Dysentery in Hazaribagh Central Jail - Number 52
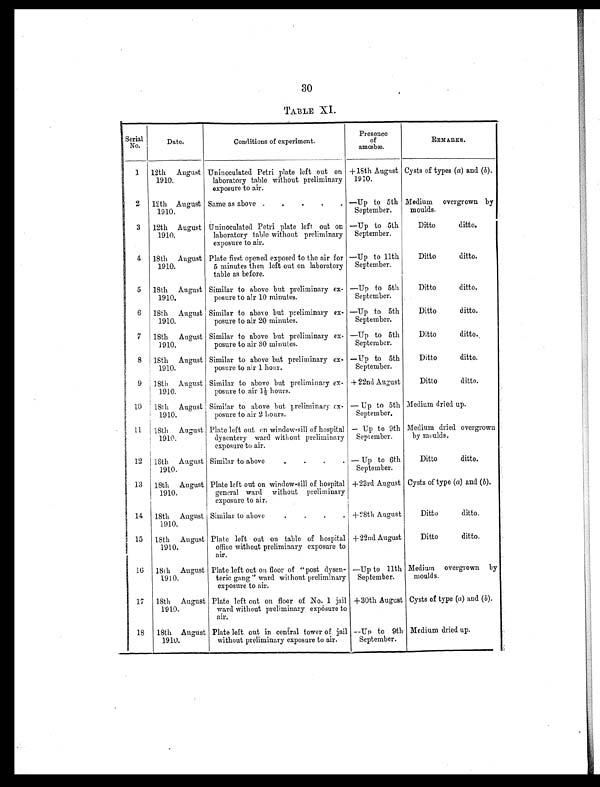
30
TABLE XI.
Serial
No.
Date.
Conditions of experiment.
Presence
of
amœbæ.
REMARKS.
1
12th August
1910.
Uninoculated Petri plate left out on
laboratory table without preliminary
exposure to air.
+18th August
1910.
Cysts of types (a) and ( b).
2
12th August
1910.
Same as above
. .
.
.
. —Up to 5th
September.
Medium overgrown by
moulds.
3
12th August
1910.
Uninoculated Petri plate left out on
laboratory table without preliminary
exposure to air.
—Up to 5th
September.
Ditto
ditto.
4
18th August
1910.
Plate first opened exposed to the air for
5 minutes then left out on laboratory
table as before.
—Up to 11th
September.
Ditto
ditto.
5
18th August
1910.
Similar to above but preliminary ex-
posure to air 10 minutes.
—Up to 5th
September.
Ditto
ditto.
6
18th August
1910.
Similar to above but preliminary ex-
posure to air 20 minutes.
—Up to 5th
September.
Ditto
ditto.
7
18th August
1910.
Similar to above but preliminary ex-
posure to air 30 minutes.
—Up to 5th
September.
Ditto
ditto.
8
18th August
1910.
Similar to above but preliminary ex-
posure to air 1 hour.
—Up to 5th
September.
Ditto
ditto.
9
18th August
1910.
Similar to above but preliminary ex-
posure to air 1½ hours.
+ 22nd August
Ditto
ditto.
10
18th August
1910.
Similar to above but preliminary ex-
posure to air 2 hours.
—Up to 5th
September.
Medium dried up.
11
18th August
1910.
Plate left out on window-sill of hospital
dysentery ward without preliminary
exposure to air.
—Up to 9th
September.
Medium dried overgrown
by moulds.
12
18th August
1910.
Similar to above
.
.
.
. —Up to 6th
September.
Ditto
ditto.
13
18th August
1910.
Plate left out on window-sill of hospital
general ward without preliminary
exposure to air.
+23rd August Cysts of type ( a) and (b).
14
18th August
1910.
Similar to above
. .
.
. +28th August
Ditto
ditto.
15
18th August
1910.
Plate left out on table of hospital
office without preliminary exposure to
air.
+22nd August
Ditto
ditto.
16
18th August
1910.
Plate left out on floor of "post dysen-
teric gang" ward without preliminary
exposure to air.
—Up to 11th
September.
Medium overgrown by
moulds.
17
18th August
1910.
Plate left out on floor of No. 1 jail
ward without preliminary exposure to
air.
+30th August Cysts of type (a) and (b).
18
18th August
1910.
Plate left out in cen tral tower of jail
without preliminary exposure to air.
—Up to 9th
September.
Medium dried up.